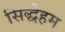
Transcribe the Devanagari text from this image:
सिद्धेहम